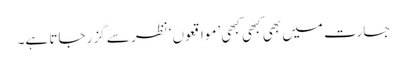
جسارت میں بھی کبھی کبھی ’مواقعوں‘ نظر سے گزر جاتا ہے۔